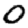
Digit: 0